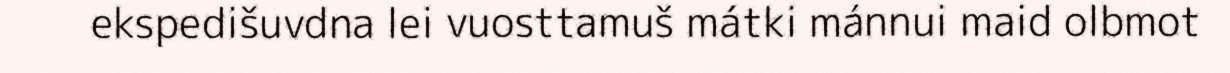
ekspedišuvdna lei vuosttamuš mátki mánnui maid olbmot